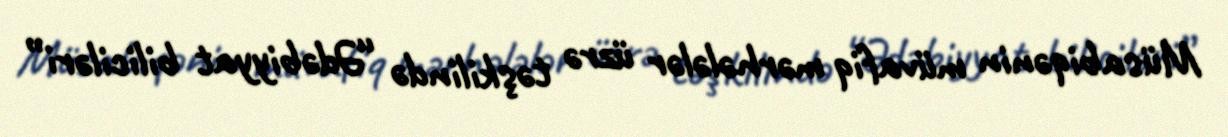
Müsabiqənin müvafiq mərhələlər üzrə təşkilində “Ədəbiyyat biliciləri”